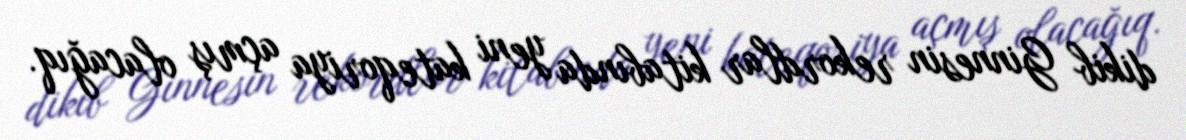
dikib Ginnesin rekordlar kitabında yeni kateqoriya açmış olacağıq.